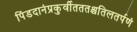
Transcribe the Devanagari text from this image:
पिंडदानंप्रकुर्वीतततश्चतिलतर्पणं